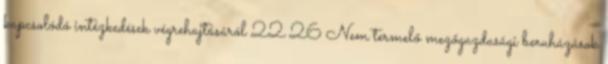
kapcsolódó intézkedések végrehajtásáról 22 26 Nem termelő mezőgazdasági beruházások